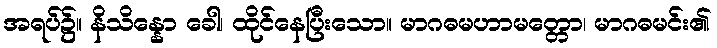
အရပ်၌။ နိသိန္နော ခေါ၊ ထိုင်နေပြီးသော။ မာဂဓမဟာမတ္တော၊ မာဂဓမင်း၏